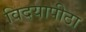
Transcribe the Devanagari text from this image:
विदयापीठा